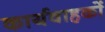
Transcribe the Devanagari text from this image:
कार्यवाहकों